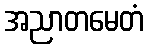
အညာတမေတံ